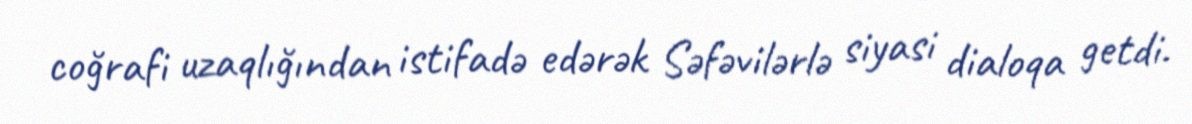
coğrafi uzaqlığından istifadə edərək Səfəvilərlə siyasi dialoqa getdi.